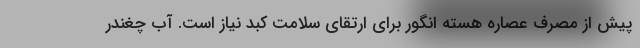
پیش از مصرف عصاره هسته انگور برای ارتقای سلامت کبد نیاز است. آب چغندر